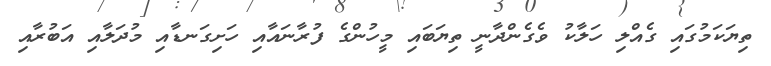
ތިޔަކަމުގައި ގެއްލި ހަލާކު ވެގެންދާނީ ތިޔަބައި މީހުންގެ ފުރާނައާއި ހަށިގަނޑާއި މުދަލާއި އަބުރާއި